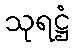
သုရဋ္ဌံ